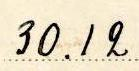
30.12